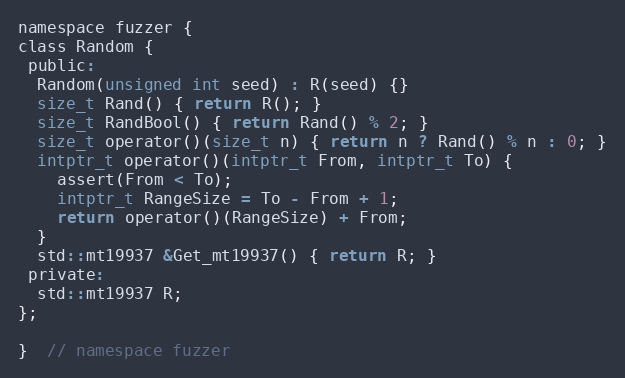
Language: C
namespace fuzzer {
class Random {
 public:
  Random(unsigned int seed) : R(seed) {}
  size_t Rand() { return R(); }
  size_t RandBool() { return Rand() % 2; }
  size_t operator()(size_t n) { return n ? Rand() % n : 0; }
  intptr_t operator()(intptr_t From, intptr_t To) {
    assert(From < To);
    intptr_t RangeSize = To - From + 1;
    return operator()(RangeSize) + From;
  }
  std::mt19937 &Get_mt19937() { return R; }
 private:
  std::mt19937 R;
};

}  // namespace fuzzer